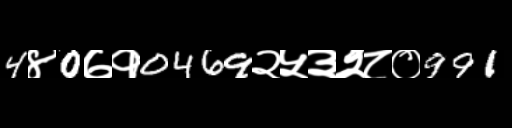
Text: 4४0७१0469२५३२८०991